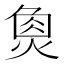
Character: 𤋳